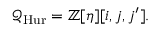
{ \mathcal { Q } } _ { \mathrm { H u r } } = \mathbb { Z } [ \eta ] [ i , j , j ^ { \prime } ] .